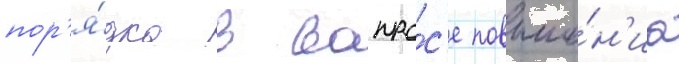
пор'я́дка в вопро́с'е повыше́н'иа